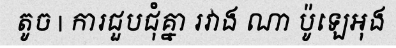
តូច | ការជួបជុំគ្នា រវាង ណា ប៉ូឡេអុង